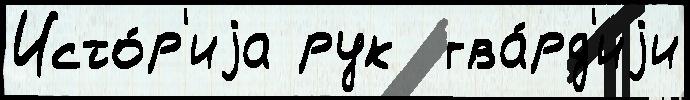
Исто́р'иjа рук  гва́рд'иjи